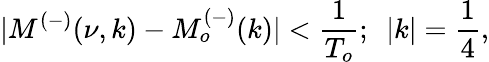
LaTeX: |M^{(-)}(\nu,k)-M_{o}^{(-)}(k)|<\frac{1}{T_{o}};~~|k|=\frac{1}{4},